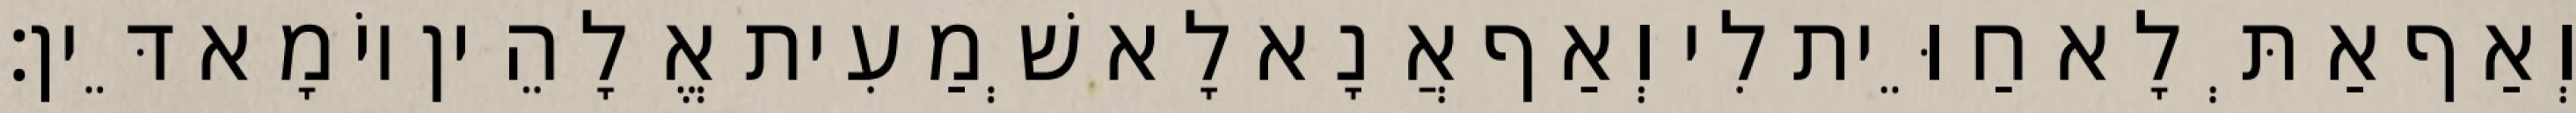
וְאַף אַתְּ לָא חַוֵּית לִי וְאַף אֲנָא לָא שְׁמַעִית אֱלָהֵין יוֹמָא דֵּין׃